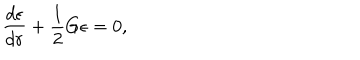
\frac { d \epsilon } { d r } + \frac { 1 } { 2 } G \epsilon = 0 ,